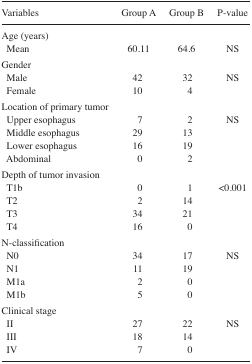
| Variables | Group A | Group B | P-value |
 | --- | --- | --- | --- |
 | Age (years) |  |  |  |
 | Mean | 60.11 | 64.6 | NS |
 | Gender |  |  |  |
 | Male | 42 | 32 | NS |
 | Female | 10 | 4 |  |
 | Location of primary tumor |  |  |  |
 | Upper esophagus | 7 | 2 | NS |
 | Middle esophagus | 29 | 13 |  |
 | Lower esophagus | 16 | 19 |  |
 | Abdominal | 0 | 2 |  |
 | Depth of tumor invasion |  |  |  |
 | T1b | 0 | 1 | <0.001 |
 | T2 | 2 | 14 |  |
 | T3 | 34 | 21 |  |
 | T4 | 16 | 0 |  |
 | N-classification |  |  |  |
 | N0 | 34 | 17 | NS |
 | N1 | 11 | 19 |  |
 | M1a | 2 | 0 |  |
 | M1b | 5 | 0 |  |
 | Clinical stage |  |  |  |
 | II | 27 | 22 | NS |
 | III | 18 | 14 |  |
 | IV | 7 | 0 |  |